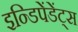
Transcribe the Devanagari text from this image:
इन्डिपेंडेंट्स